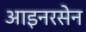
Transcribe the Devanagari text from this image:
आइनरसेन